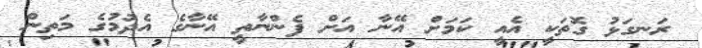
ރަނގަޅު ގޮތަކީ އެއީ ކަމަށް އޭނާ އަށް ފެންނާތީ އޭނާގެ އެދުމުގެ މަތިން